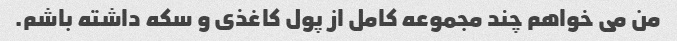
من می خواهم چند مجموعه کامل از پول کاغذی و سکه داشته باشم.